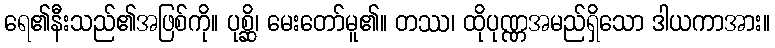
ရေ၏နီးသည်၏အဖြစ်ကို။ ပုစ္ဆိ၊ မေးတော်မူ၏။ တဿ၊ ထိုပုဏ္ဏအမည်ရှိသော ဒါယကာအား။